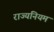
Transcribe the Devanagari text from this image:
राज्यनियम